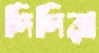
দিদিরা